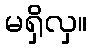
မရှိလှ။